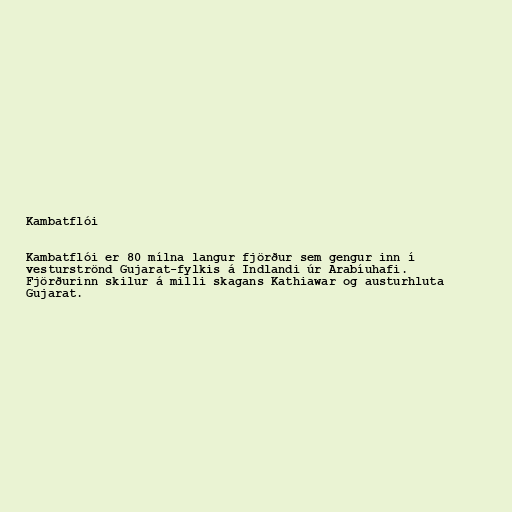
Kambatflói

Kambatflói er 80 mílna langur fjörður sem gengur inn í
vesturströnd Gujarat-fylkis á Indlandi úr Arabíuhafi.
Fjörðurinn skilur á milli skagans Kathiawar og austurhluta
Gujarat.